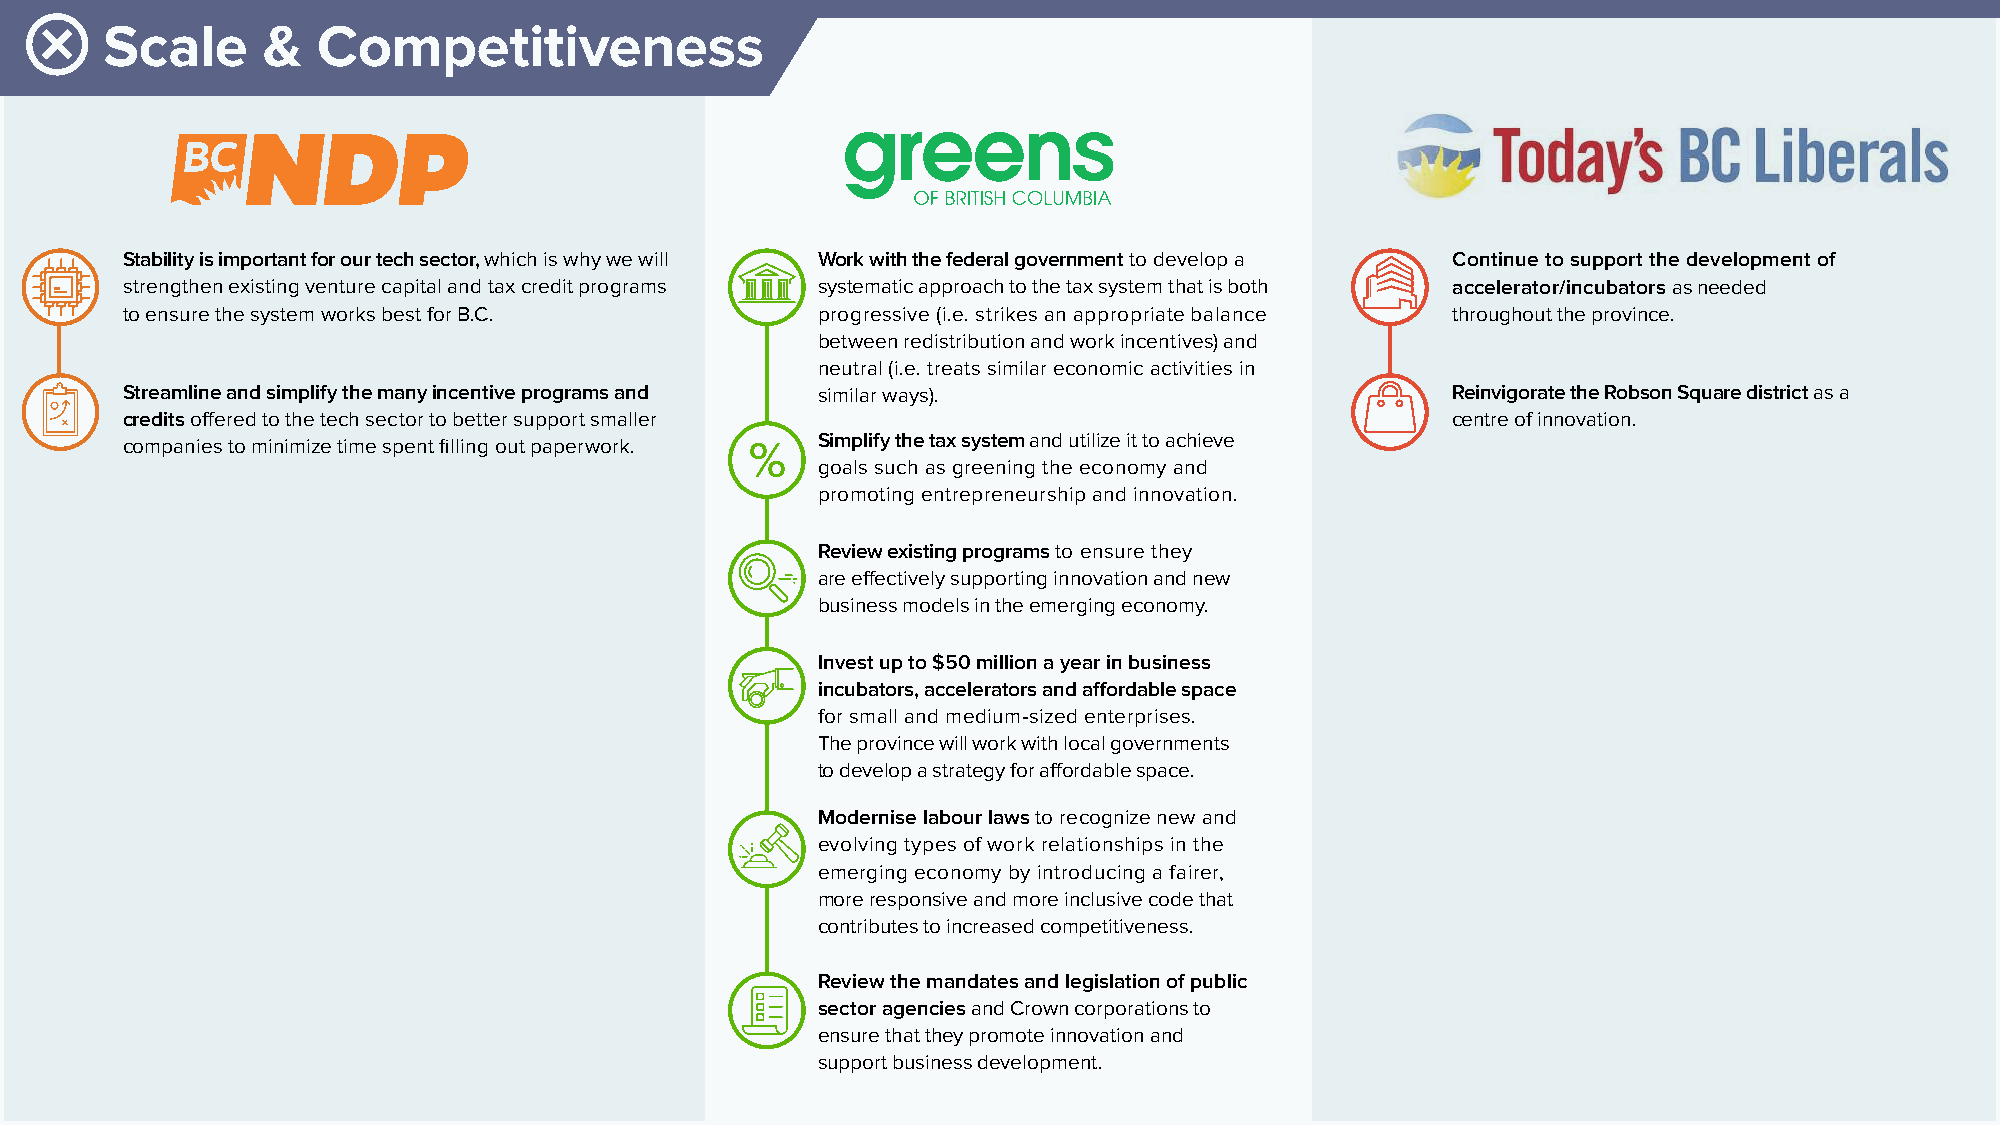
Scale     &   Competitiveness
 Stability is important for our tech sector, which is why we will Work with the federal government to develop a Continue to support the development of
 strengthen existing venture capital and tax credit programs systematic approach to the tax system that is both accelerator/incubators as needed
 to ensure the system works best for B.C.      progressive (i.e. strikes an appropriate balance throughout the province.
 between redistribution and work incentives) and
 neutral (i.e. treats similar economic activities in
 Streamline and simplify the many incentive programs and similar ways).                  Reinvigorate the Robson Square district as a
 credits offered to the tech sector to better support smaller                            centre of innovation.
 companies to minimize time spent filling out paperwork. Simplify the tax system and utilize it to achieve
 goals such as greening the economy and
 promoting entrepreneurship and innovation.
 Review existing programs to ensure they
 are effectively supporting innovation and new
 business models in the emerging economy.
 Invest up to $50 million a year in business
 incubators, accelerators and affordable space
 for small and medium-sized enterprises.
 The province will work with local governments
 to develop a strategy for affordable space.
 Modernise labour laws to recognize new and
 evolving types of work relationships in the
 emerging economy by introducing a fairer,
 more responsive and more inclusive code that
 contributes to increased competitiveness.
 Review the mandates and legislation of public
 sector agencies and Crown corporations to
 ensure that they promote innovation and
 support business development.